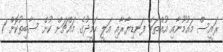
ރައީސް މައުމޫނާއި އުއްތަމަ ފަނޑިޔާރާއި އަލީ ހަމީދުގެ މައްޗަށް ކުށް ސާބިތުކޮށް 1